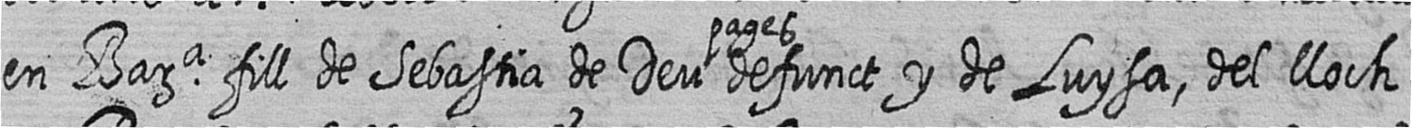
en Bara fill de Sebastia de Deu pages defunct y de Luysa del lloch